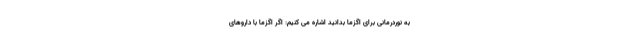
به نوردرمانی برای اگزما بدانید اشاره می کنیم: اگر اگزما با داروهای